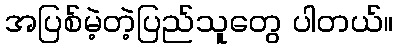
အပြစ်မဲ့တဲ့ပြည်သူတွေ ပါတယ်။